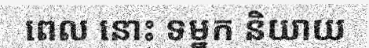
ពេល នោះ ទម្នក និយាយ